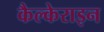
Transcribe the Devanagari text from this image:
कैल्‍केराइन